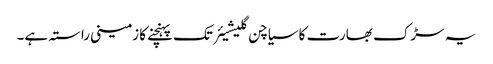
یہ سڑک بھارت کا سیاچن گلیشیئر تک پہنچنے کا زمینی راستہ ہے۔